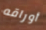
أوراقه